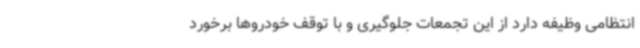
انتظامی وظیفه دارد از این تجمعات جلوگیری و با توقف خودروها برخورد